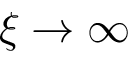
\xi \rightarrow \infty